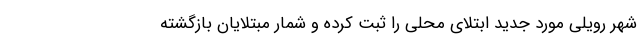
شهر رویلی ‌مورد جدید ابتلای محلی را ‌ثبت کرده و شمار مبتلایان بازگشته